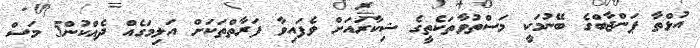
އުޅްތާ ޕަންޖާބްގެ ބޭނުމަކީ މަސްތުވާތަކެތީގެ ޝިކާރައަށް ވެފައިވާ ފަރާތްތަކަށް އަލިމަގެއް ދެއްކުން5 މަސް